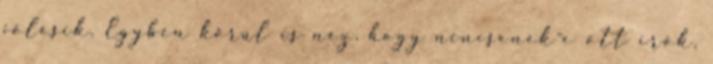
jólesik. Egyben körül is néz, hogy nincsenek-e ott írók,